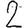
Digit: 2